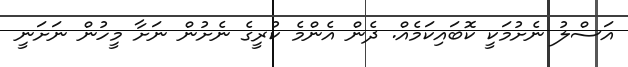
އަސްލު ނެށުމަކީ ކޮބައިކަމެއް. ދެން އެންމެ ކުރީގެ ނެށުން ނަށާ މީހުން ނަށަނީ